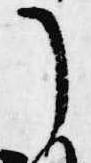
了